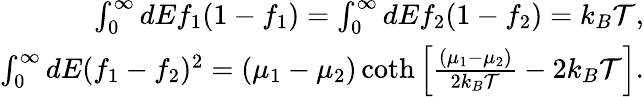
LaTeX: \begin{array}{r}{{\int_{0}^{\infty}dEf_{1}(1-f_{1})=\int_{0}^{\infty}dEf_{2}(1-f_{2})=k_{B}\mathcal{T},}}\\ {{\int_{0}^{\infty}dE(f_{1}-f_{2})^{2}=(\mu_{1}-\mu_{2})\coth\left[\frac{(\mu_{1}-\mu_{2})}{2k_{B}\mathcal{T}}-2k_{B}\mathcal{T}\right]}.}\end{array}